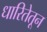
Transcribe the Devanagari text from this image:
धारितेतून